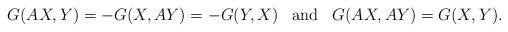
LaTeX: \begin{align*}G(AX,Y)=-G(X,AY)=-G(Y,X) \;\;\; \mbox{and} \;\;\; G(AX,AY)=G(X,Y).\end{align*}